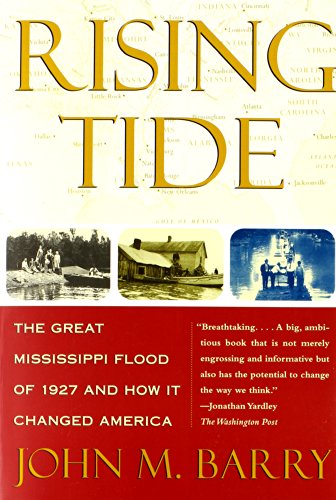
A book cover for Rising Tide: The Great Mississippi Flood of 1927 and How it Changed America; John M. Barry; Science & Math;